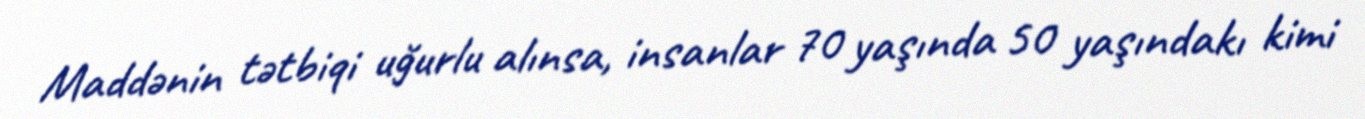
Maddənin tətbiqi uğurlu alınsa, insanlar 70 yaşında 50 yaşındakı kimi